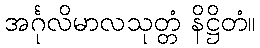
အင်္ဂုလိမာလသုတ္တံ နိဋ္ဌိတံ။